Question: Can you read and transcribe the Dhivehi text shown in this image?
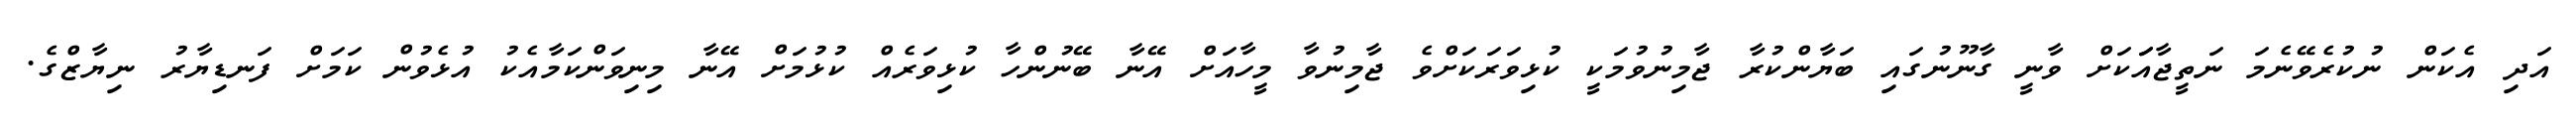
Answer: އަދި އެކަން ނުކުރެވޭނެމަ ނަތީޖާއަަކަށް ވާނީ ގާނޫނުގައި ބަޔާންކުރާ ޖާމިނުވުމަކީ ކުޅިވަރަކަށްވެ ޖާމިނުވާ މީހާއަށް އޭނާ ބޭނުންހާ ކުޅިވަރެއް ކުޅުމަށް އޭނާ މިނިވަންކަމާއެކު އުޅެވުން ކަމަށް ފަނޑިޔާރު ނިޔާޒްގެ.